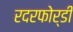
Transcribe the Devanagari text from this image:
रदरफोर्डी